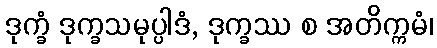
ဒုက္ခံ ဒုက္ခသမုပ္ပါဒံ, ဒုက္ခဿ စ အတိက္ကမံ၊